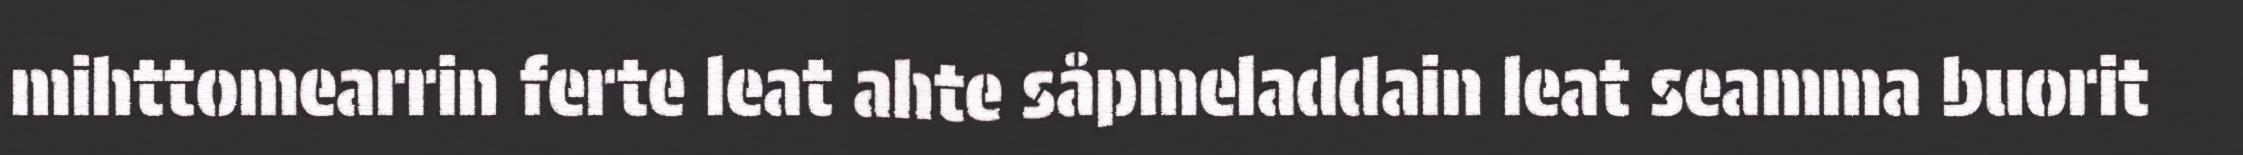
mihttomearrin ferte leat ahte såpmeladdain leat seamma buorit